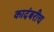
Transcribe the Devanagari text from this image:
कादंबरीच